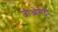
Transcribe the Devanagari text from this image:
जीओमेट्री